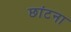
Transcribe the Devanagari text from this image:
छांटना